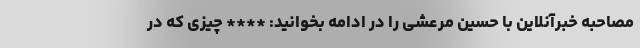
مصاحبه خبرآنلاین با حسین مرعشی را در ادامه بخوانید: **** چیزی که در